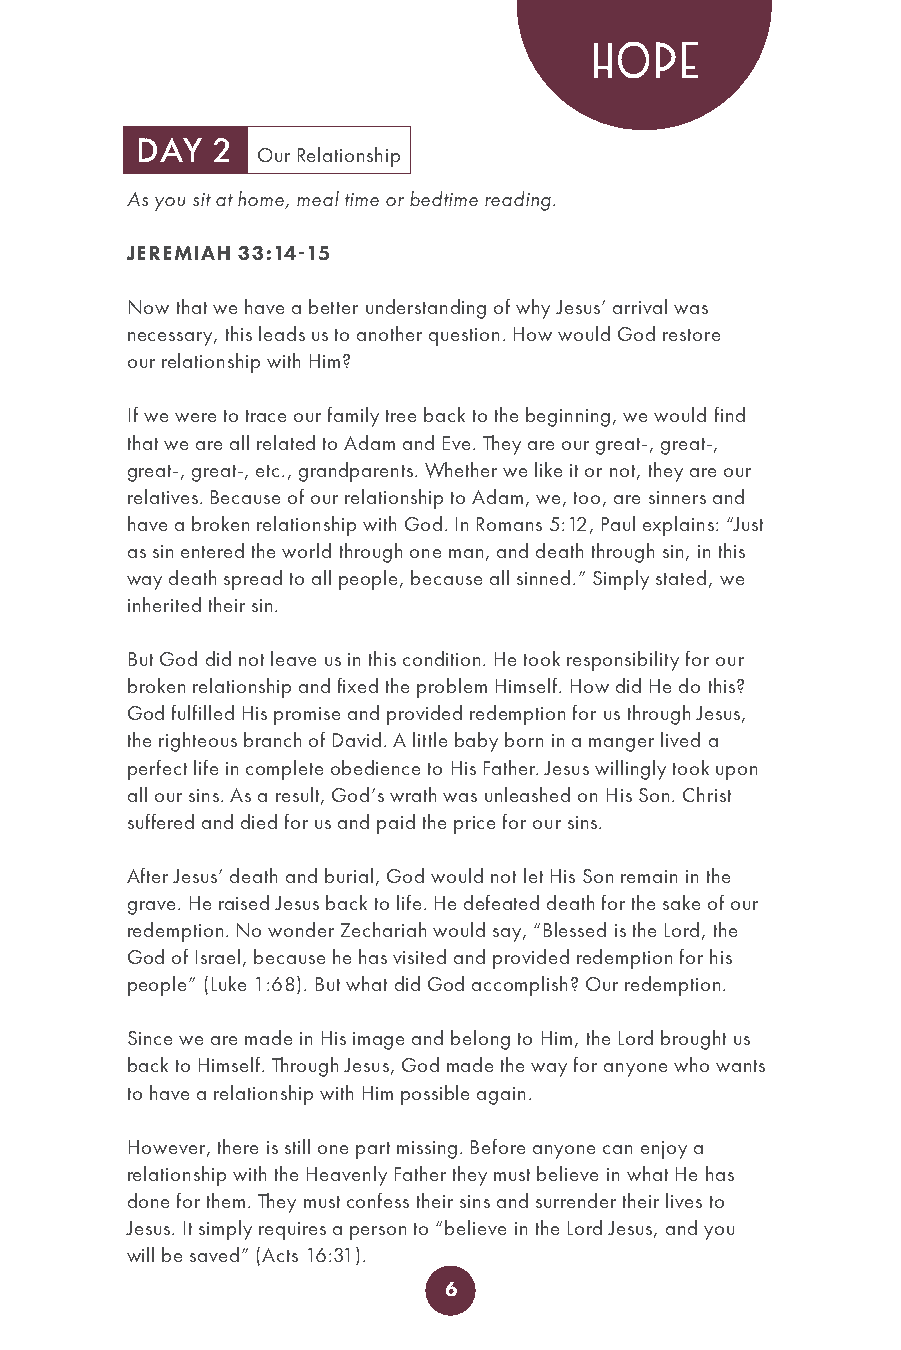
HOPE
 DAY  2
 Our Relationship
 As you sit at home, meal time or bedtime reading.
 JEREMIAH 33:14-15
 Now that we have a better understanding of why Jesus’ arrival was
 necessary, this leads us to another question. How would God restore
 our relationship with Him?
 If we were to trace our family tree back to the beginning, we would find
 that we are all related to Adam and Eve. They are our great-, great-,
 great-, great-, etc., grandparents. Whether we like it or not, they are our
 relatives. Because of our relationship to Adam, we, too, are sinners and
 have a broken relationship with God. In Romans 5:12, Paul explains: “Just
 as sin entered the world through one man, and death through sin, in this
 way death spread to all people, because all sinned.” Simply stated, we
 inherited their sin.
 But God did not leave us in this condition. He took responsibility for our
 broken relationship and fixed the problem Himself. How did He do this?
 God fulfilled His promise and provided redemption for us through Jesus,
 the righteous branch of David. A little baby born in a manger lived a
 perfect life in complete obedience to His Father. Jesus willingly took upon
 all our sins. As a result, God’s wrath was unleashed on His Son. Christ
 suffered and died for us and paid the price for our sins.
 After Jesus’ death and burial, God would not let His Son remain in the
 grave. He raised Jesus back to life. He defeated death for the sake of our
 redemption. No wonder Zechariah would say, “Blessed is the Lord, the
 God of Israel, because he has visited and provided redemption for his
 people” (Luke 1:68). But what did God accomplish? Our redemption.
 Since we are made in His image and belong to Him, the Lord brought us
 back to Himself. Through Jesus, God made the way for anyone who wants
 to have a relationship with Him possible again.
 However, there is still one part missing. Before anyone can enjoy a
 relationship with the Heavenly Father they must believe in what He has
 done for them. They must confess their sins and surrender their lives to
 Jesus. It simply requires a person to “believe in the Lord Jesus, and you
 will be saved” (Acts 16:31).
 6